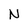
Character: N